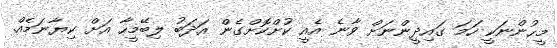
މީޙުންނަކީ ހަމަ ގައިދީންނަށް ވާނެ އެއީ ކުށްކޮށްގެން އަދަބު ލިބޭމީހާ އަށް ކިޔާނަމެއް.